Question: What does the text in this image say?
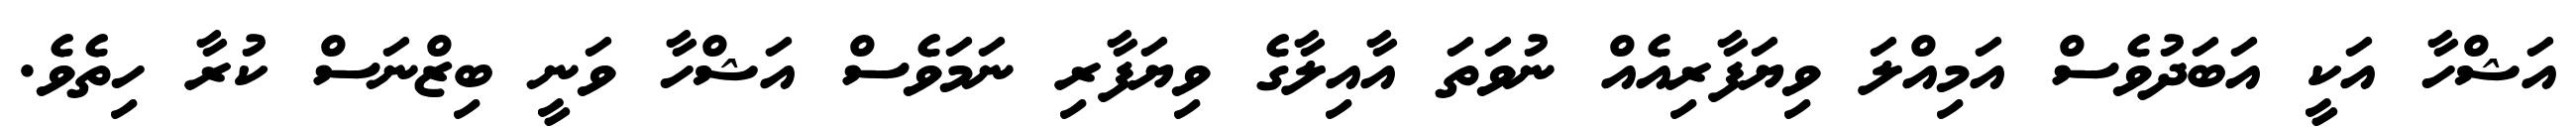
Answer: އަޝްހާ އަކީ އަބަދުވެސް އަމިއްލަ ވިޔަފާރިއެއް ނުވަތަ އާއިލާގެ ވިޔަފާރި ނަމަވެސް އަޝްހާ ވަނީ ބިޒްނަސް ކުރާ ހިތެވެ.